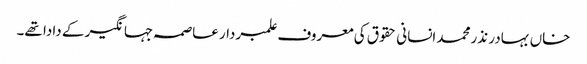
خاں بہادر نذرمحمد انسانی حقوق کی معروف علمبردار عاصمہ جہانگیر کے دادا تھے۔